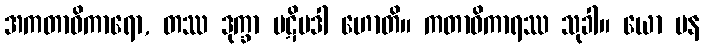
အကတာဓိကာရော, တဿ ဒုက္ခာ ပဋိပဒါ ဟောတိ။ ကတာဓိကာရဿ သုခါ။ ယော ပန